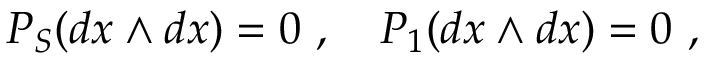
{ \cal P } _ { S } ( d x \wedge d x ) = 0 \ , \quad { \cal P } _ { 1 } ( d x \wedge d x ) = 0 \ ,